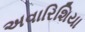
અવારિશિયા